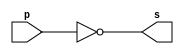
//-------------------------
//	Exemplo0002 - NOT
// Nome: Miguel Sousa
//-------------------------

//-------------------------
//--not gate
//-------------------------
module notgate (output s,
						input p);
 assign s = ~p;
endmodule // notgate

//-------------------------
//--test not gate
//-------------------------
module testnotgate;
//-------------------------dados locais
reg	a; // definir registrador
			// (variavel independente)
wire	s; // definir conexao (fio)
			// (variavel dependente )
//-------------------------instancia
notgate NOT1 (s, a);
//-------------------------preparacao
initial begin:start
 a=0;			// valor inicial
end
//-------------------------parte principal
initial begin
	$display("Exemplo0002 - Miguel Sousa - 463985");
	$display("Test NOT gate");
	$display("\n~a = s\n");
	a=0;
#1	$display("~%b = %b", a, s);
	a=1;
#1	$display("~%b = %b", a, s);
end

endmodule // testnotgate